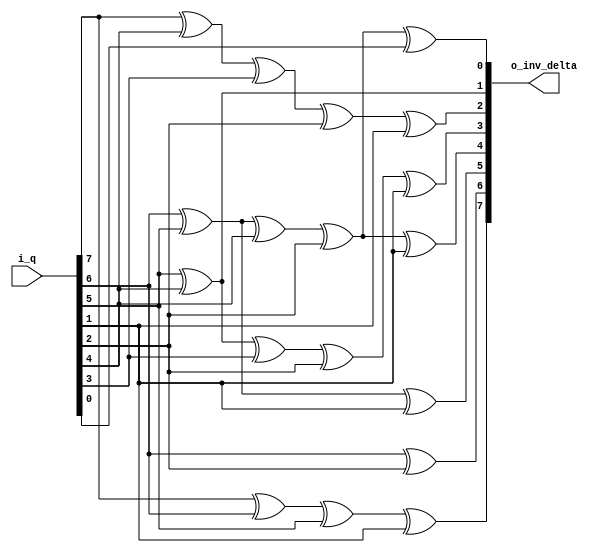
module byte_inverse_isomorphic_mapping
#(
	// PARAMETERS
	parameter 							NB_DATA = 8			// [HINT] Works only if value is 8
)
(
	// OUTPUTS.
	output	wire	[ NB_DATA-1	: 0 ]	o_inv_delta	,
	// INPUTS.
	input	wire	[ NB_DATA-1	: 0 ]	i_q
) ;

	// QUICK_INSTANCE: BEGIN
	/*
	byte_inverse_isomorphic_mapping
	#(
		.NB_DATA			(  )	// [HINT] Works only if value is 8
	)
	u_byte_inverse_isomorphic_mapping
	(
		.o_inv_delta		(  )	,
		.i_q				(  )
	) ;
	*/ // QUICK_INSTANCE: END

	// ALGORITHM BEGIN.
	assign o_inv_delta[7]
		= i_q[7] ^	i_q[6] ^	i_q[5] ^										i_q[1]			;
	
	assign o_inv_delta[6]
		= 			i_q[6] ^ 										i_q[2] 						;
	
	assign o_inv_delta[5]
		= 			i_q[6] ^ 	i_q[5] ^ 										i_q[1]			;
	
	assign o_inv_delta[4]
		= 			i_q[6] ^ 	i_q[5] ^ 	i_q[4] ^ 				i_q[2] ^ 	i_q[1] 			;
	
	assign o_inv_delta[3]
		= 						i_q[5] ^ 	i_q[4] ^ 	i_q[3] ^ 	i_q[2] ^ 	i_q[1] 			;
	
	assign o_inv_delta[2]
		= i_q[7] ^ 							i_q[4] ^ 	i_q[3] ^ 	i_q[2] ^ 	i_q[1] 			;
	
	assign o_inv_delta[1]
		= 						i_q[5] ^ 	i_q[4]		 										;
	
	assign o_inv_delta[0]
		= 			i_q[6] ^ 	i_q[5] ^ 	i_q[4] ^ 				i_q[2] ^ 			i_q[0] 	;

endmodule // byte_inverse_isomorphic_mapping